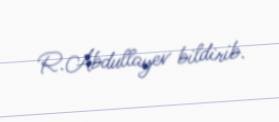
R.Abdullayev bildirib.